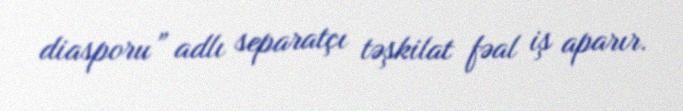
diasporu” adlı separatçı təşkilat fəal iş aparır.